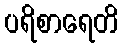
ပရိစာရေတိ